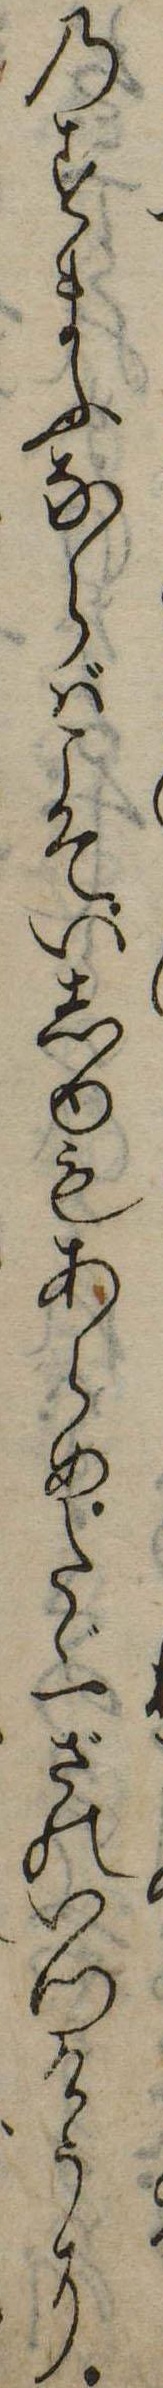
のすまふならばこそいしゆもあらめたゞ一ざのいつけうに